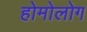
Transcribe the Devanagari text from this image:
होमोलोग